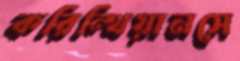
করিন্থিয়ানসে